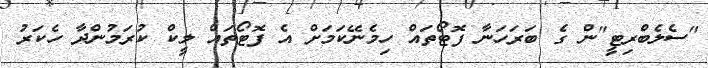
"ސެލެބްރިޓީ"ން ގެ ބަރަހަނާ ފޮޓޯތައް ހިމެނޭކަމަށް އެ ފޮޓޯތައް ލީކް ކުރަމުންދާ ހެކަރު